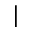
|